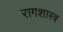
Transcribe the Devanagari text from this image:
रागशास्त्र